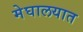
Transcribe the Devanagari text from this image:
मेघालयात